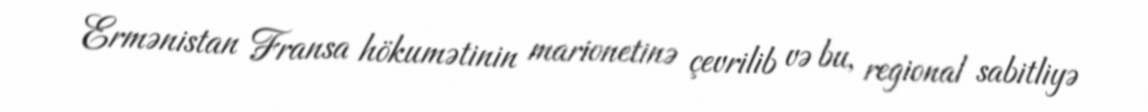
Ermənistan Fransa hökumətinin marionetinə çevrilib və bu, regional sabitliyə